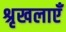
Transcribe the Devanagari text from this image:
श्रृखलाएँ